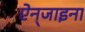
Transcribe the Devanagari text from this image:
ऐन्‌जाइना